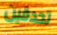
تحدقين